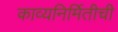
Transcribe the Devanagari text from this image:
काव्यनिर्मितीची